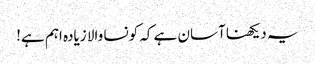
یہ دیکھنا آسان ہے کہ کونسا والا زیادہ اہم ہے!